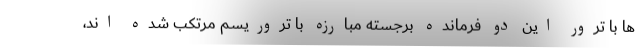
ها با ترور این دو فرمانده برجسته مبارزه با تروریسم مرتکب شده اند،